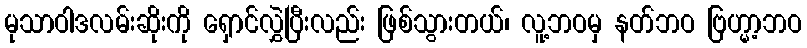
မုသာဝါဒလမ်းဆိုးကို ရှောင်လွှဲပြီးလည်း ဖြစ်သွားတယ်၊ လူ့ဘဝမှ နတ်ဘဝ ဗြဟ္မာ့ဘဝ